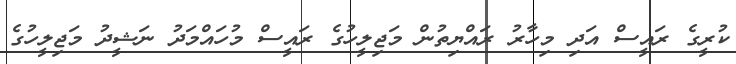
ކުރީގެ ރައީސް އަދި މިހާރު ރައްޔިތުން މަޖިލީހުގެ ރައީސް މުހައްމަދު ނަޝީދު މަޖިލީހުގެ